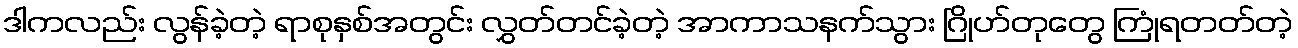
ဒါကလည်း လွန်ခဲ့တဲ့ ရာစုနှစ်အတွင်း လွှတ်တင်ခဲ့တဲ့ အာကာသနက်သွား ဂြိုဟ်တုတွေ ကြုံရတတ်တဲ့